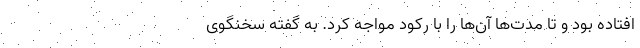
افتاده بود و تا مدت‌ها آن‌ها را با رکود مواجه کرد. به گفته سخنگوی